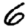
Digit: 6